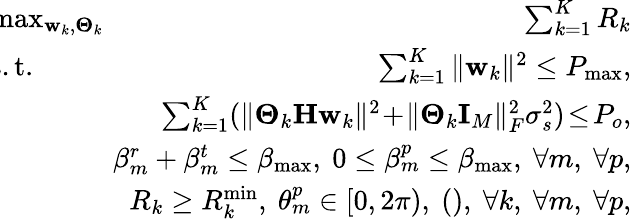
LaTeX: \begin{array}{rlr}&{\! \! \! \! \! \! \! \! \operatorname*{max}_{\mathbf{w}_{k},\boldsymbol{\Theta}_{k}}}&{\! \! \! \! \sum_{k=1}^{K}R_{k}}\\ &{\! \! \! \! \! \! \! \! \mathrm{s.t.}}&{\! \! \! \! \sum_{k=1}^{K}\Vert\mathbf{w}_{k}\Vert^{2}\leq P_{\operatorname*{max}},}\\ &{}&{\! \! \! \! \sum_{k=1}^{K}(\Vert\boldsymbol{\Theta}_{k}\mathbf{H}\mathbf{w}_{k}\Vert^{2}\! +\! \Vert\boldsymbol{\Theta}_{k}\mathbf{I}_{M}\Vert_{F}^{2}\sigma_{s}^{2})\! \leq\! P_{o},}\\ &{}&{\! \! \! \! \beta_{m}^{r}+\beta_{m}^{t}\le\beta_{\mathrm{{max}}},~0\le\beta_{m}^{p}\le\beta_{\operatorname*{max}},~\forall m,~\forall p,}\\ &{}&{\! \! \! \! R_{k}\ge R_{k}^{\operatorname*{min}},~\theta_{m}^{p}\in[0,2\pi),~(),~\forall k,~\forall m,~\forall p,}\end{array}